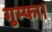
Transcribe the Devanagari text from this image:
गुम्फा।